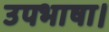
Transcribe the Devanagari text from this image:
उपभाषा।